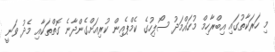
މި ހަރަކާތުގައި އިބްރާހިމް މުހައްމަދު ސޯލިހުގެ ކެމްޕެއިން ކުރިއަށްގެންދާނެ ގޮތްތަކާއި މެދު ވަނީ